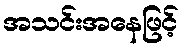
အသင်းအနေဖြင့်